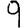
Digit: 9